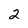
Character: 2